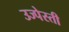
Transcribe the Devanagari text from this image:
उज्पेस्ती